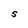
Character: S